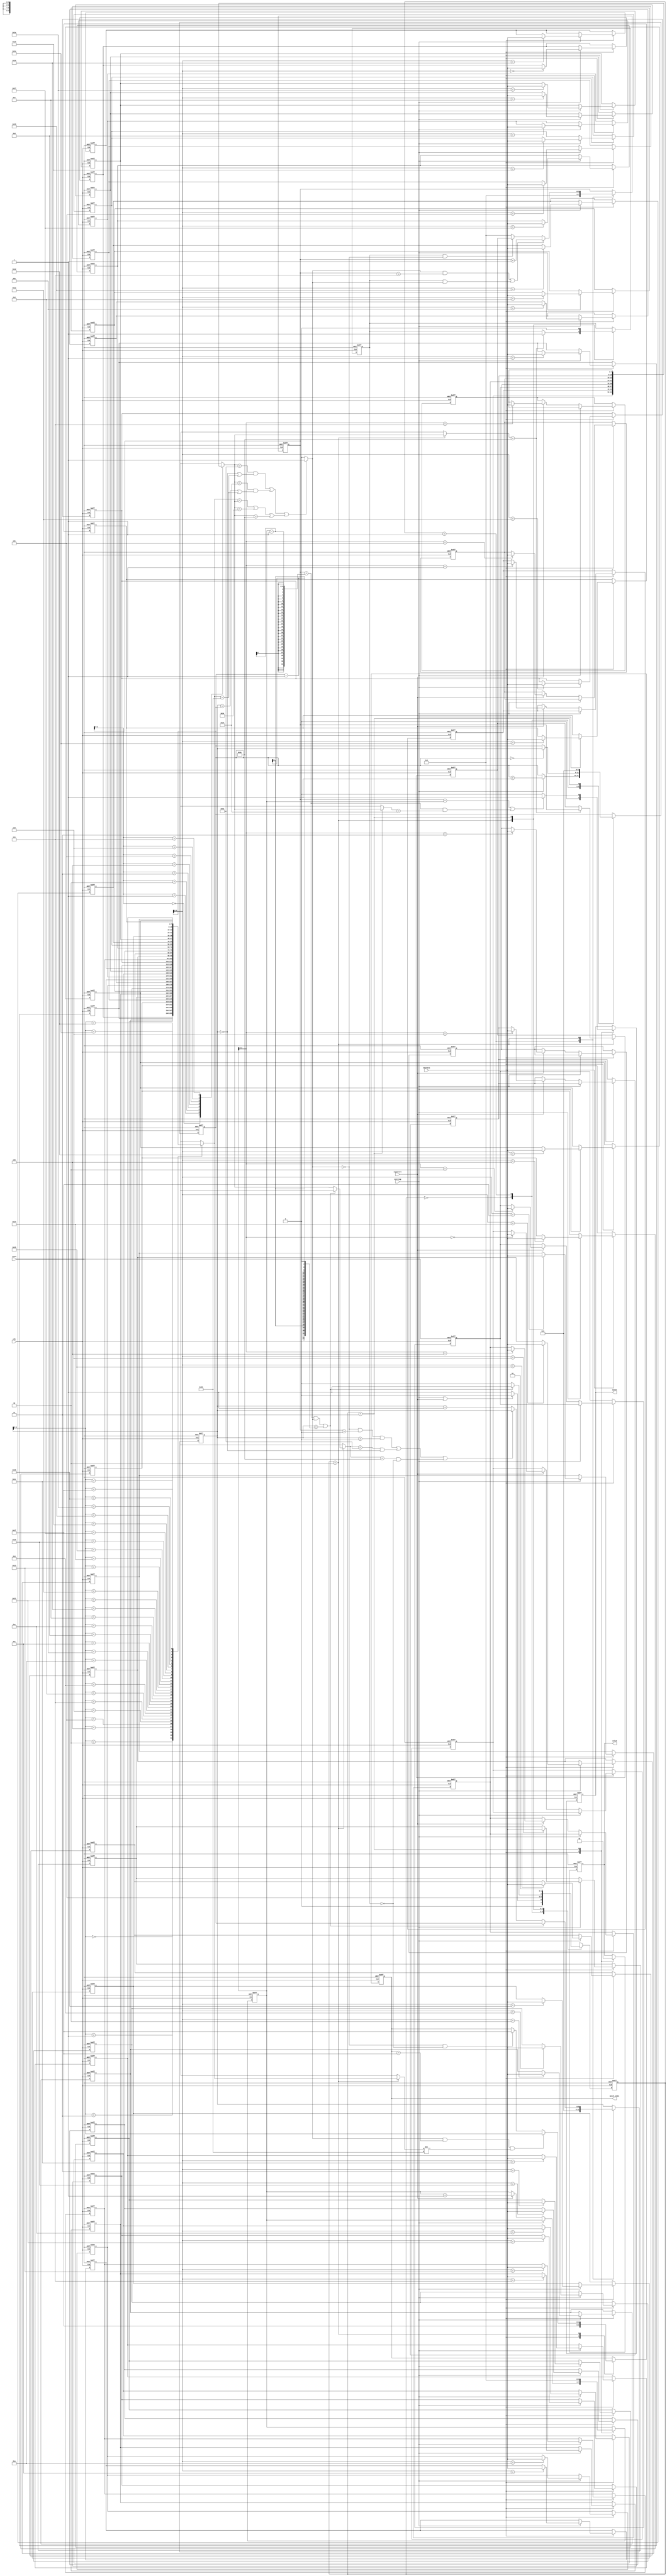
module SME
(
input 				clk,
input 				reset,
input 		[7:0] 	chardata,
input 				isstring,
input 				ispattern,
output reg  		valid,
output reg			match,
output reg	[4:0] 	match_index
);

reg [1:0] cur_state;
reg [1:0] nxt_state;
reg	[7:0] string [0:31];
reg	[7:0] pattern [0:7];
reg [5:0] str_len, cur_str; // Max length 32
reg [3:0] pat_len, cur_pat, temp_pat; // Max length 8
reg asterisk_sym, equal;

integer i;
localparam read_char=0, compare=1, check_match=2, result=3;

//----------- FSM 2c1s ------------
//------------------------------------------
always@(posedge clk, posedge reset)
begin
	if(reset)
		begin
			cur_state <= read_char;
		end
	else 
		begin
			cur_state <= nxt_state;
		end
end

always@(*)
begin
	case(cur_state)
		read_char:
			begin
				if(isstring || ispattern)
					begin
						nxt_state = read_char;
					end
				else 
					begin
						nxt_state = compare;
					end
			end
		compare:
			begin
				nxt_state = check_match;
			end
		check_match:
			begin
				if(cur_str == str_len-1 || (cur_pat == pat_len-1 && equal))
					begin
						nxt_state = result;
					end
				else 
					begin
						nxt_state = check_match;
					end
			end
		result:
			begin
				nxt_state = read_char;
			end
	endcase
end

//--------------Datapath-------------
//------------------------------------------

always@(posedge clk, posedge reset)
begin
	if(reset)
		begin
			str_len <= 6'd0;
			cur_str <= 6'd0;
			pat_len <= 4'd0;
			cur_pat <= 4'd0;
			temp_pat <= 4'd0;

			asterisk_sym <= 1'b0;
			
			valid <= 1'b0;
			match <= 1'b0;
			match_index <= 5'b11111;

			for(i = 0; i <= 7; i=i+1)
				begin
					pattern[i] <= 8'd0;
				end
			for(i = 0; i <= 31; i=i+1)
				begin
					string[i] <= 8'd0;
				end
		end
	else 
		begin
			case(cur_state)
				read_char:
					begin
						valid <= 1'b0;
						match_index <= 5'b11111;
						match <= 1'b0;
						if(isstring)
							begin
								string[str_len] <= chardata;
								str_len <= str_len + 1;
							end
						else if(ispattern) 
							begin
								pattern[pat_len] <= chardata;
								pat_len <= pat_len + 1;
							end
					end
				compare: 
					begin
						cur_str <= 6'd0;
						cur_pat <= 4'd0;
						if(str_len == 6'd0)
							begin
								str_len <= cur_str;
							end
					end
				check_match:
					begin
						if((equal && cur_pat < 7 ) || (asterisk_sym && equal))
							begin
								cur_pat <= cur_pat + 1;
							end
						else if(asterisk_sym && !equal)
							begin
								cur_pat <= temp_pat;
							end
						else 
							begin
								cur_pat <= 4'd0;
							end

						if((cur_pat == pat_len-1 && equal) || (cur_str == str_len-1 ))
							begin
								cur_str <= str_len;
							end
						else if((!equal && cur_pat > 0 && cur_str > 0) || (pattern[cur_pat] == 8'h5e && cur_str == 0) || (pattern[cur_pat] == 8'h2a && !asterisk_sym))
							begin
								cur_str <= cur_str;
							end
						else 
							begin
								cur_str <= cur_str+1;
							end

						if(pattern[cur_pat] == 8'h2a)
							begin
								asterisk_sym <= 1'b1;
								temp_pat <= cur_pat;
							end

						if(equal && match_index == 5'b11111  && string[cur_str] != 8'h20)
							begin
								match_index <= cur_str;
							end
						else if(!equal && !asterisk_sym)
							begin
								match_index <= 5'b11111;
							end
					end
				result:
					begin
						valid <= 1'b1;
						
						if(cur_pat == pat_len || (cur_pat == pat_len-1 && pattern[cur_pat] == 8'h24))
							begin
								match <= 1'b1;								
							end
						else 
							begin
								match <= 1'b0;
							end
						
						str_len <= 6'd0;
						pat_len <= 4'd0;
						asterisk_sym <= 1'b0;
					end
			endcase
		end
end

always@(*)
begin
	if((pattern[cur_pat] == 8'h5e && (!cur_str || string[cur_str] == 8'h20)) || (pattern[cur_pat] == 8'h24 && (cur_str == str_len || string[cur_str] == 8'h20)) || (string[cur_str] == pattern[cur_pat] || pattern[cur_pat] == 8'h2e || pattern[cur_pat] == 8'h2a))
		begin
			equal = 1'b1;
		end
	else  
		begin
			equal = 1'b0;
		end
end

endmodule